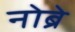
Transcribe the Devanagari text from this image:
नोब्रे